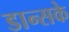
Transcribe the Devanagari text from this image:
डान्सके